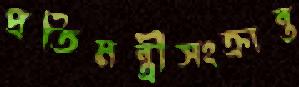
প্রতিমন্ত্রীসংক্রান্ত